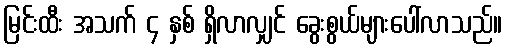
မြင်းထီး အသက် ၄ နှစ် ရှိလာလျှင် ခွေးစွယ်များပေါ်လာသည်။